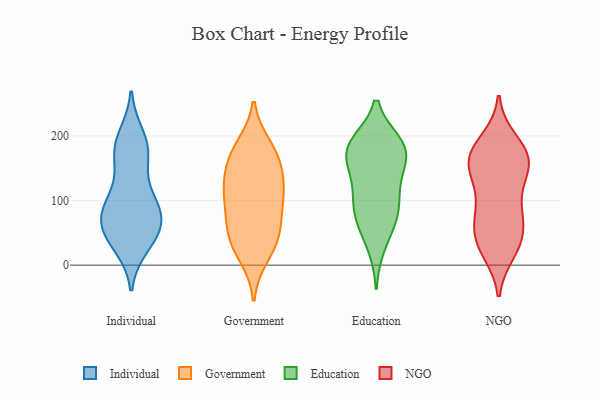
{"axis": {"x": "Shipments", "y": "Value"}, "legend": ["Education", "Government", "Individual", "NGO"], "data": [{"x": "", "y": 102, "type": "Individual"}, {"x": "", "y": 82, "type": "Individual"}, {"x": "", "y": 186, "type": "Individual"}, {"x": "", "y": 182, "type": "Individual"}, {"x": "", "y": 51, "type": "Individual"}, {"x": "", "y": 101, "type": "Individual"}, {"x": "", "y": 161, "type": "Individual"}, {"x": "", "y": 98, "type": "Individual"}, {"x": "", "y": 170, "type": "Individual"}, {"x": "", "y": 54, "type": "Individual"}, {"x": "", "y": 36, "type": "Individual"}, {"x": "", "y": 31, "type": "Individual"}, {"x": "", "y": 65, "type": "Individual"}, {"x": "", "y": 60, "type": "Individual"}, {"x": "", "y": 80, "type": "Individual"}, {"x": "", "y": 199, "type": "Individual"}, {"x": "", "y": 60, "type": "Government"}, {"x": "", "y": 112, "type": "Government"}, {"x": "", "y": 173, "type": "Government"}, {"x": "", "y": 183, "type": "Government"}, {"x": "", "y": 113, "type": "Government"}, {"x": "", "y": 53, "type": "Government"}, {"x": "", "y": 153, "type": "Government"}, {"x": "", "y": 90, "type": "Government"}, {"x": "", "y": 133, "type": "Government"}, {"x": "", "y": 43, "type": "Government"}, {"x": "", "y": 15, "type": "Government"}, {"x": "", "y": 32, "type": "Government"}, {"x": "", "y": 170, "type": "Government"}, {"x": "", "y": 109, "type": "Government"}, {"x": "", "y": 168, "type": "Education"}, {"x": "", "y": 188, "type": "Education"}, {"x": "", "y": 177, "type": "Education"}, {"x": "", "y": 144, "type": "Education"}, {"x": "", "y": 93, "type": "Education"}, {"x": "", "y": 185, "type": "Education"}, {"x": "", "y": 88, "type": "Education"}, {"x": "", "y": 69, "type": "Education"}, {"x": "", "y": 110, "type": "Education"}, {"x": "", "y": 136, "type": "Education"}, {"x": "", "y": 68, "type": "Education"}, {"x": "", "y": 186, "type": "Education"}, {"x": "", "y": 180, "type": "Education"}, {"x": "", "y": 30, "type": "Education"}, {"x": "", "y": 161, "type": "NGO"}, {"x": "", "y": 144, "type": "NGO"}, {"x": "", "y": 163, "type": "NGO"}, {"x": "", "y": 48, "type": "NGO"}, {"x": "", "y": 32, "type": "NGO"}, {"x": "", "y": 37, "type": "NGO"}, {"x": "", "y": 67, "type": "NGO"}, {"x": "", "y": 161, "type": "NGO"}, {"x": "", "y": 193, "type": "NGO"}, {"x": "", "y": 21, "type": "NGO"}, {"x": "", "y": 82, "type": "NGO"}, {"x": "", "y": 174, "type": "NGO"}, {"x": "", "y": 175, "type": "NGO"}, {"x": "", "y": 181, "type": "NGO"}, {"x": "", "y": 145, "type": "NGO"}, {"x": "", "y": 26, "type": "NGO"}, {"x": "", "y": 82, "type": "NGO"}, {"x": "", "y": 110, "type": "NGO"}, {"x": "", "y": 136, "type": "NGO"}, {"x": "", "y": 73, "type": "NGO"}]}